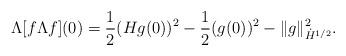
LaTeX: \begin{align*}\Lambda[f \Lambda f](0) &= \frac 12 (Hg(0))^2 - \frac 12 (g(0))^2 - \|g\|_{\dot H^{1/2}}^2.\end{align*}